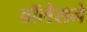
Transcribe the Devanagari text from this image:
वॉलेसने